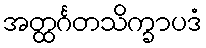
အတ္ထင်္ဂတသိက္ခာပဒံ